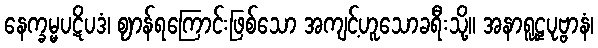
နေက္ခမ္မပဋိပဒံ၊ ဈာန်ရကြောင်းဖြစ်သော အကျင့်ဟူသောခရီးသို့။ အနာရူဠှပုဗ္ဗာနံ၊